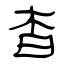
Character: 杳